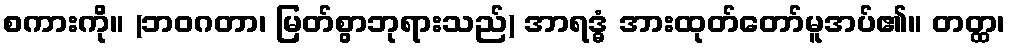
စကားကို။ (ဘဝဂတာ၊ မြတ်စွာဘုရားသည်) အာရဒ္ဓံ အားထုတ်တော်မူအပ်၏။ တတ္ထ၊